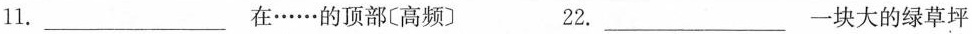
11.___在……的顶部〔高频〕 22.___一块大的绿草坪